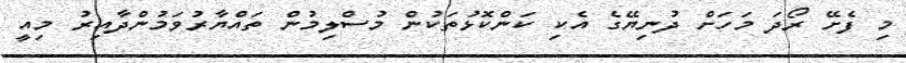
މި ފެށޭ ރޯދަ މަހަށް ދުނިޔޭގެ އެކި ކަންކޮޅުތަކުން މުސްލިމުން ތައްޔާރުވަމުންދާއިރު މިއީ